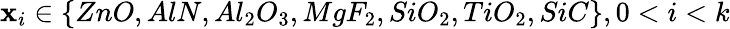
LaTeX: \mathbf{x}_{i}\in\{ ZnO,AlN,Al_{2}O_{3},MgF_{2},SiO_{2},TiO_{2},SiC\} ,0<i<k